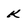
Character: k